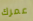
عمرك